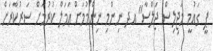
ޕީ ގައުމީ މަޖިލިސް ޖަލްސާ" އދ ނިންމި ނިންމުމަށް ޢަމަލް ކުރުމަށް ސަރުކާރަށް